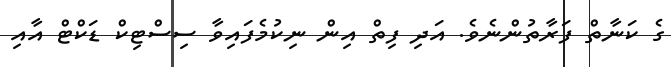
ގެ ކަނާތް ފަރާތުންނެވެ. އަދި ފިތް އިން ނިކުމެފައިވާ ސިސްޓިކް ޑަކްޓް އާއި